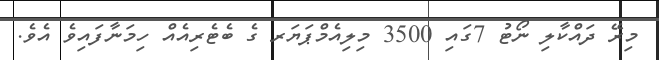
މިރޭ ދައްކާލި ނޯޓު 7ގައި 3500 މިލިއެމްޕަޔަރ ގެ ބެޓެރިއެއް ހިމަނާފައިވެ އެވެ.